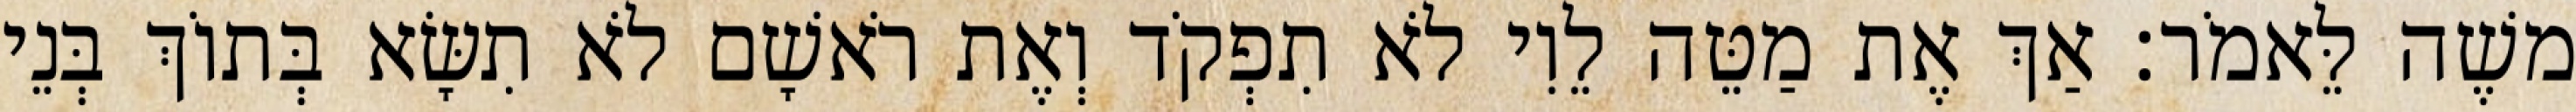
משֶׁה לֵּאמֹר׃ אַךְ אֶת מַטֵּה לֵוִי לֹא תִפְקֹד וְאֶת רֹאשָׁם לֹא תִשָּׂא בְּתוֹךְ בְּנֵי